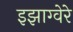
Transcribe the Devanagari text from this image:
इझाग्वेरे